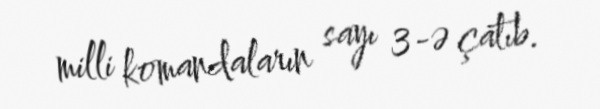
milli komandaların sayı 3-ə çatıb.